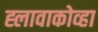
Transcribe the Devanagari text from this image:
ह्लावाकोव्हा